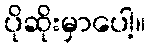
ပိုဆိုးမှာပေါ့။